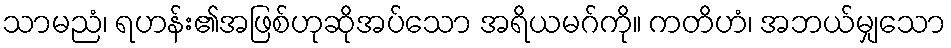
သာမညံ၊ ရဟန်း၏အဖြစ်ဟုဆိုအပ်သော အရိယမဂ်ကို။ ကတိဟံ၊ အဘယ်မျှသော